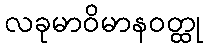
လခုမာဝိမာနဝတ္ထု